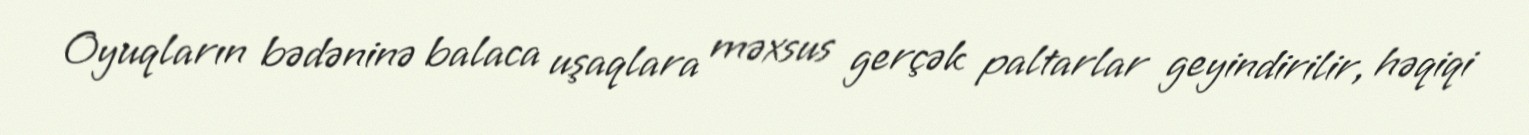
Oyuqların bədəninə balaca uşaqlara məxsus gerçək paltarlar geyindirilir, həqiqi